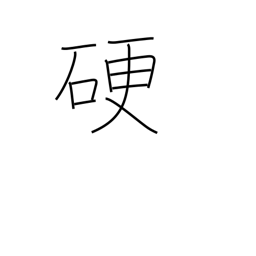
Meaning: hard